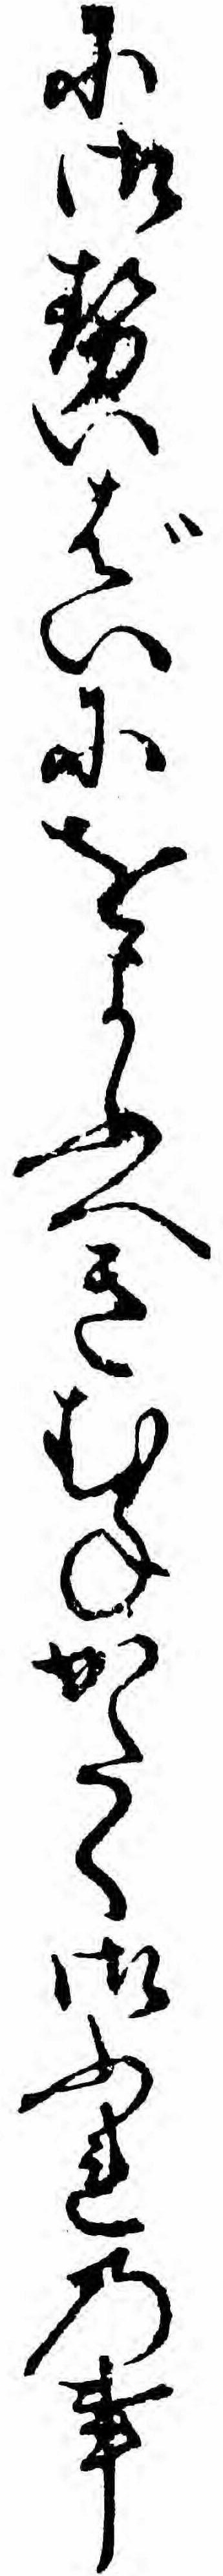
に御せいばいにをよふへきむねかたく御ふれの事